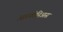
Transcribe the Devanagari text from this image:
आरकोनिआस